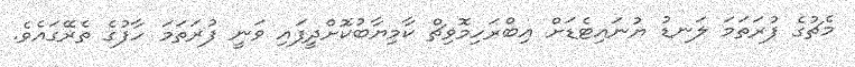
މެޗުގެ ފުރަތަމަ ލަނޑު ޔުނައިޓެޑަށް އިބްރަހިމޮވިޗް ކާމިޔާބުކޮށްދީފައި ވަނީ ފުރަތަމަ ހާފުގެ ތެރޭގައެވެ.